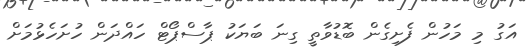
އަގު މި މަހުން ފެށިގެން ބޮޑުވާތީ ގިނަ ބަޔަކު ޕާސްޕޯޓް ހައްދަން ހުށަހެޅުމަށް